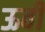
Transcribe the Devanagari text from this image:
ऊर्वी